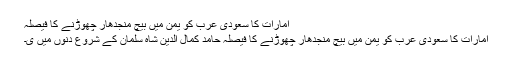
امارات کا سعودی عرب کو یمن میں بیچ منجدھار چھوڑنے کا فیصلہ
امارات کا سعودی عرب کو یمن میں بیچ منجدھار چھوڑنے کا فیصلہ حامد کمال الدین شاہ سلمان کے شروع دنوں میں ی۔